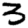
Digit: 3